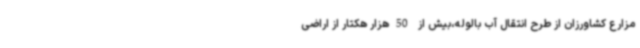
مزارع کشاورزان از طرح انتقال آب بالوله،بیش از 50هزار هکتار از اراضی